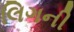
લિગની